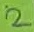
Text: 2